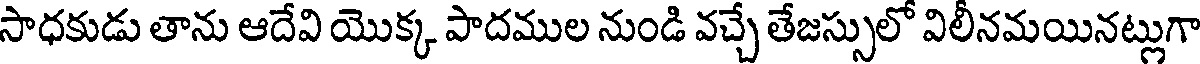
సాధకుడు తాను ఆదేవి యొక్క పాదముల నుండి వచ్చే తేజస్సులో విలీనమయినట్లుగా